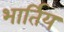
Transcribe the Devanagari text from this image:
भार्तिय